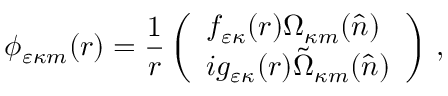
\phi _ { \varepsilon \kappa m } ( \ensuremath { \boldsymbol { r } } ) = \frac { 1 } { r } \left( \begin{array} { l } { f _ { \varepsilon \kappa } { ( r ) } \Omega _ { \kappa m } { ( \boldsymbol { \hat { n } } ) } } \\ { i g _ { \varepsilon \kappa } { ( r ) } \tilde { \Omega } _ { \kappa m } { ( \boldsymbol { \hat { n } } ) } } \end{array} \right) \, ,